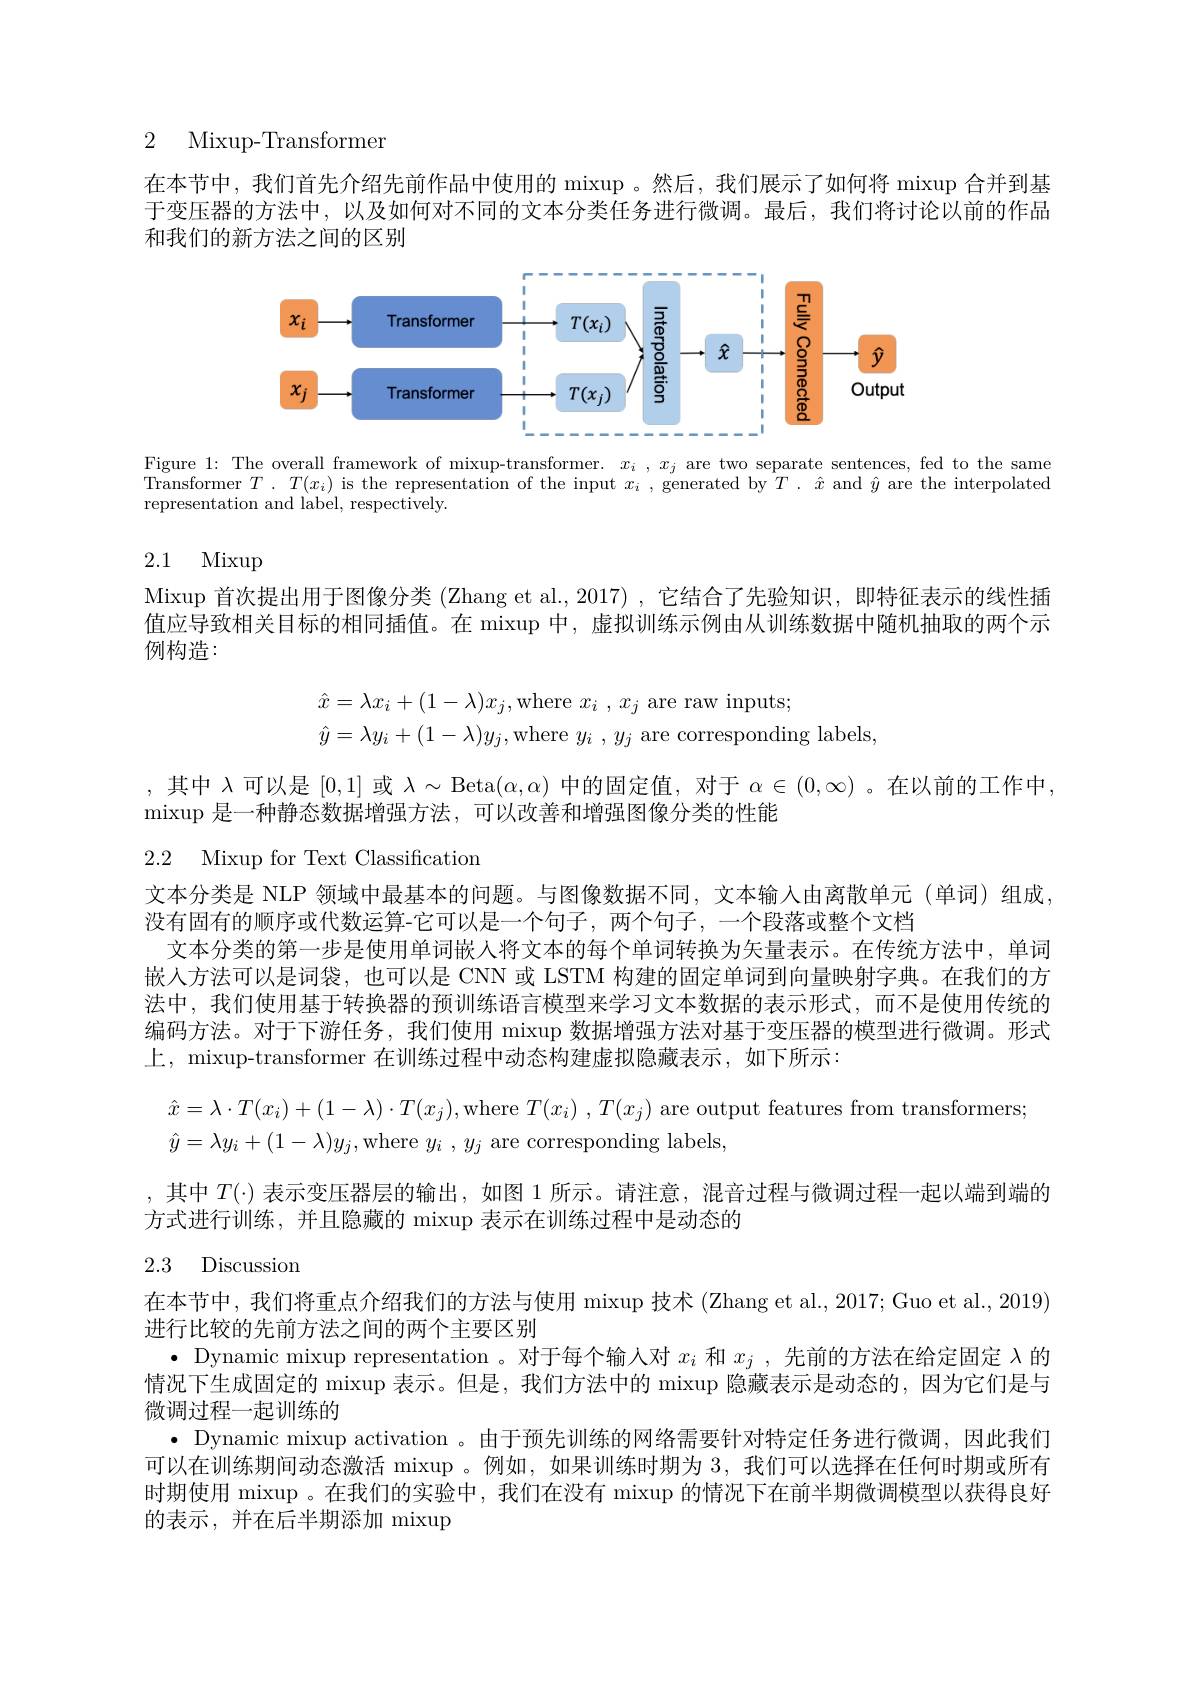
# 2 Mixup-Transformen

在本节中，我们首先介绍先前作品中使用的 mixup 。然后，我们展示了如何将 mixup 合并到基于变压器的方法中，以及如何对不同的文本分类任务进行微调。最后，我们将讨论以前的作品和我们的新方法之间的区别

<FigureHere>
Figure 1: The overall framework of mixup-transformer. $x_i,x_j$ are two separate sentences, fed to the same

Transformer $T.T(x_i)$ is the representation of the input $x_i$, generated by $T.\hat{x}$ and $\hat{y}$ are the interpolated
representation and label, respectively.

# 2.1 Mixup

Mixup 首次提出用于图像分类 (Zhang et al.,2017) ,它结合了先验知识，即特征表示的线性插值应导致相关目标的相同插值。在 mixup 中，虚拟训练示例由从训练数据中随机抽取的两个示例构造：
$$\begin{aligned}\hat{x}&=\lambda x_i+(1-\lambda)x_j,\mathrm{where~}x_i\:,\:x_j\:\mathrm{are~raw~inputs};\\\hat{y}&=\lambda y_i+(1-\lambda)y_j,\mathrm{where~}y_i\:,\:y_j\:\mathrm{are~corresponding~labels},\end{aligned}$$
,其中$\lambda$可以是[0,1]或$\lambda\sim$ Beta$(\alpha,\alpha)$中的固定值，对于$\alpha\in(0,\infty)$ 。在以前的工作中
$\operatorname*{mixup}$是一种静态数据增强方法，可以改善和增强图像分类的性能

2.2 Mixup for Text Classification

文本分类是 NLP 领域中最基本的问题。与图像数据不同，文本输入由离散单元 (单词) 组成，
没有固有的顺序或代数运算-它可以是一个句子，两个句子，一个段落或整个文档
文本分类的第一步是使用单词嵌人将文本的每个单词转换为矢量表示。在传统方法中，单词嵌入方法可以是词袋，也可以是 CNN 或 LSTM 构建的固定单词到向量映射字典。在我们的方法中，我们使用基于转换器的预训练语言模型来学习文本数据的表示形式，而不是使用传统的编码方法。对于下游任务，我们使用 mixup 数据增强方法对基于变压器的模型进行微调。形式上，mixup-transformer 在训练过程中动态构建虚拟隐藏表示，如下所示：

$\hat{x}=\lambda\cdot T(x_{i})+(1-\lambda)\cdot T(x_{j})$,where $T( x_{i})$ , $T( x_{j})$ are output features from transformers
$\hat{y}=\lambda y_{i}+(1-\lambda)y_{j}$,where $y_i$ $, y_{j}$ are corresponding labels
,其中$T(\cdot)$表示变压器层的输出，如图 1 所示。请注意，混音过程与微调过程一起以端到端的
方式进行训练，并且隐藏的 mixup 表示在训练过程中是动态的
2.3 Discussion
在本节中，我们将重点介绍我们的方法与使用 mixup 技术 (Zhang et al., 2017; Guo et al., 2019)
进行比较的先前方法之间的两个主要区别
$\bullet$ Dynamic mixup representation 。对于每个输人对$x_i$和$x_j$ ,先前的方法在给定固定$\lambda$的情况下生成固定的 mixup 表示。但是，我们方法中的 mixup 隐藏表示是动态的，因为它们是与微调过程一起训练的
· Dynamic mixup activation 。由于预先训练的网络需要针对特定任务进行微调，因此我们可以在训练期间动态激活 mixup 。例如，如果训练时期为3，我们可以选择在任何时期或所有时期使用 mixup 。在我们的实验中，我们在没有 mixup 的情况下在前半期微调模型以获得良好的表示，并在后半期添加 mixup